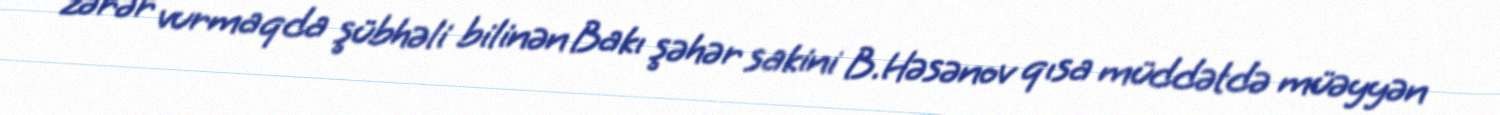
zərər vurmaqda şübhəli bilinən Bakı şəhər sakini B.Həsənov qısa müddətdə müəyyən